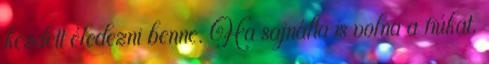
kezdett éledezni benne. Ha sajnálta is volna a fiúkat,